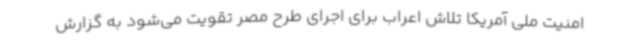
امنیت ملی آمریکا تلاش اعراب برای اجرای طرح مصر تقویت می‌شود به گزارش